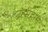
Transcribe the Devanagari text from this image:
उत्सहाने